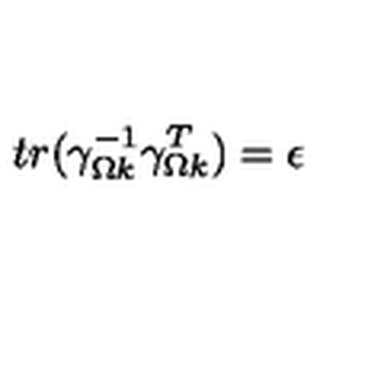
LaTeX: t r ( \gamma _ { \Omega k } ^ { - 1 } \gamma _ { \Omega k } ^ { T } ) = \epsilon